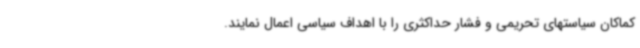
کماکان سیاستهای تحریمی و فشار حداکثری را با اهداف سیاسی اعمال نمایند.